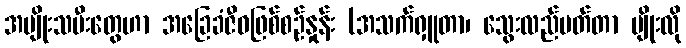
အမျိုးသမီးတွေဟာ အခြေခံဇီဝဖြစ်စဉ်နှုန်း (အသက်ရှူတာ၊ သွေးလည်ပတ်တာ မျိုးလို